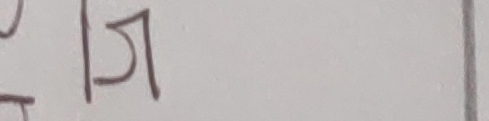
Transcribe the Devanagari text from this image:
पज